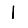
Digit: 1